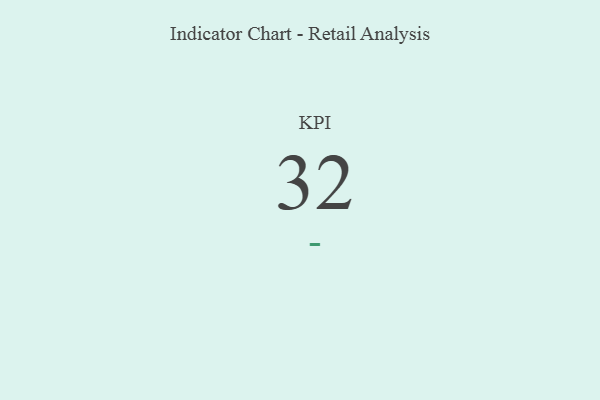
{"axis": {"x": "KPI", "y": "Value"}, "legend": [""], "data": [{"x": "KPI", "y": 32, "type": ""}]}